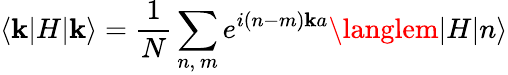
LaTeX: \langle\mathbf{k}|H|\mathbf{k}\rangle={\frac{{1}}{{N}}}\sum_{n,\ m}e^{i(n-m)\mathbf{k}a}\langlem|H|n\rangle